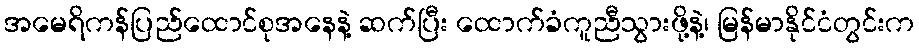
အမေရိကန်ပြည်ထောင်စုအနေနဲ့ ဆက်ပြီး ထောက်ခံကူညီသွားဖို့နဲ့၊ မြန်မာနိုင်ငံတွင်းက